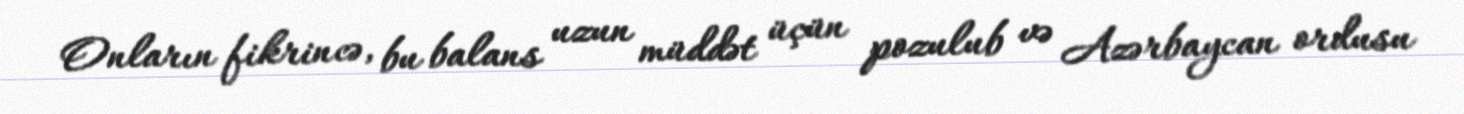
Onların fikrincə, bu balans uzun müddət üçün pozulub və Azərbaycan ordusu